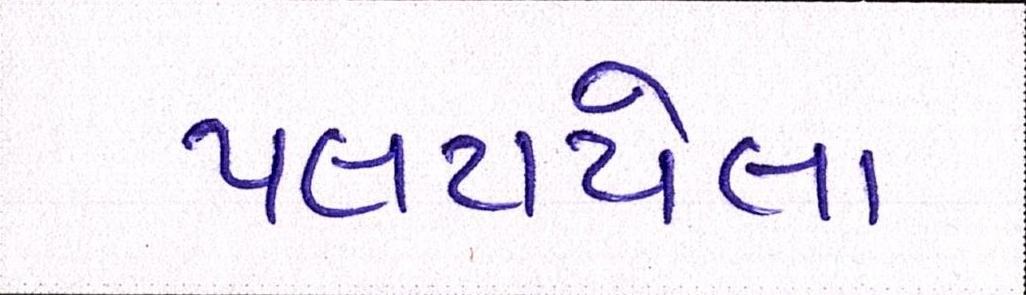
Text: પલટાયેલા